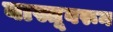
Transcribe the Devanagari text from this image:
वास्तूवरून